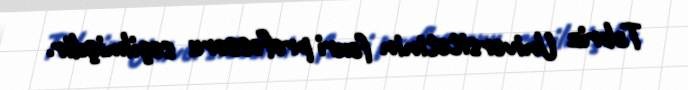
Təbriz Universitetinin fəxri professoru seçilmişdir.